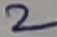
Text: 2